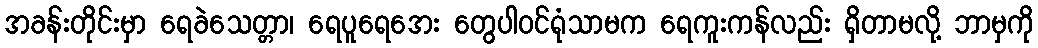
အခန်းတိုင်းမှာ ရေခဲသေတ္တာ၊ ရေပူရေအေး တွေပါ၀င်ရုံသာမက ရေကူးကန်လည်း ရှိတာမလို့ ဘာမှကို